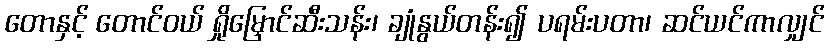
တောနှင့် တောင်ဝယ် ရှိုမြှောင်ဆီးသန်း၊ ချုံနွယ်တန်း၍ ပရမ်းပတာ၊ ဆင်ယင်ကာလျှင်